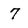
Character: 7